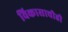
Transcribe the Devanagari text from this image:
विकासाचीही